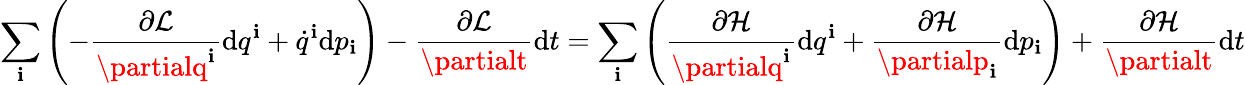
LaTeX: \sum_{\mathbf{i}}\left(-{\frac{{\partial{\mathcal{{L}}}}}{{\partialq^{\mathbf{i}}}}}\mathrm{{d}}q^{\mathbf{i}}+{\dot{{q}}}^{\mathbf{i}}\mathrm{{d}}p_{\mathbf{i}}\right)-{\frac{{\partial{\mathcal{{L}}}}}{{\partialt}}}\mathrm{{d}}t=\sum_{\mathbf{i}}\left({\frac{{\partial{\mathcal{{H}}}}}{{\partialq^{\mathbf{i}}}}}\mathrm{{d}}q^{\mathbf{i}}+{\frac{{\partial{\mathcal{{H}}}}}{{\partialp_{\mathbf{i}}}}}\mathrm{{d}}p_{\mathbf{i}}\right)+{\frac{{\partial{\mathcal{{H}}}}}{{\partialt}}}\mathrm{{d}}t